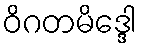
ဝိဂတမိဒ္ဒေါ